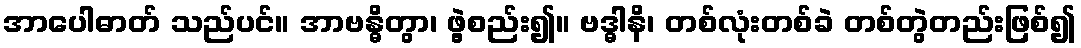
အာပေါဓာတ် သည်ပင်။ အာဗန္ဓိတွာ၊ ဖွဲ့စည်း၍။ ဗဒ္ဓါနိ၊ တစ်လုံးတစ်ခဲ တစ်တွဲတည်းဖြစ်၍